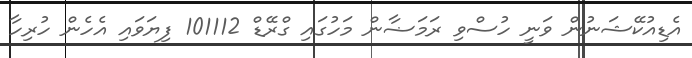
އެޑިއުކޭޝަނުން ވަނީ ހުސްވި ރަމަޟާން މަހުގައި ގްރޭޑް 101112 ފިޔަވައި އެހެން ހުރިހާ